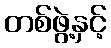
တစ်ဖွဲ့နှင့်